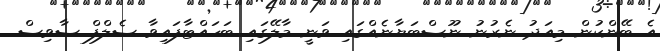
އެ ބޭންކުން މިއަދު ނެރުނު ނޫސްބަޔާނެއްގައި ވަނީ މާލޭގައި ބަހައްޓާފައިވާ ސެލްފް ސާވިސް